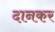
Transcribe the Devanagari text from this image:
दानकर